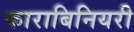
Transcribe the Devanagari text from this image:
काराबिनियरी